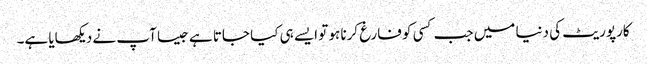
کارپوریٹ کی دنیا میں جب کسی کو فارغ کرنا ہو تو ایسے ہی کیا جاتا ہے جیسا آپ نے دیکھایا ہے۔